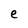
Character: e